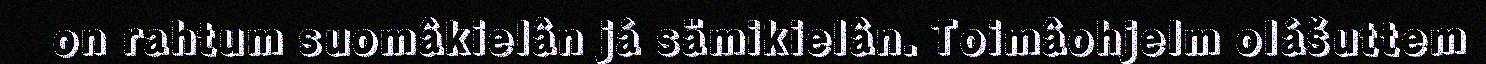
on rahtum suomâkielân já sämikielân. Toimâohjelm olášuttem